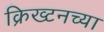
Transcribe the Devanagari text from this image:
क्रिख्टनच्या